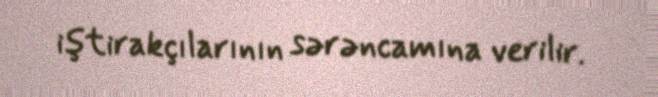
iştirakçılarının sərəncamına verilir.